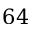
6 4